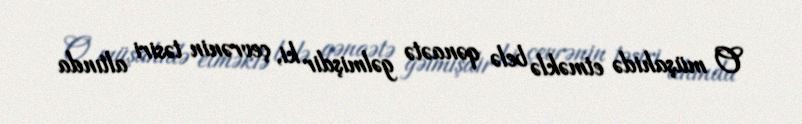
O müşahidə etməklə belə qənaətə gəlmişdir ki, çevrənin təsiri altında